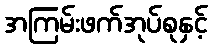
အကြမ်းဖက်အုပ်စုနှင့်